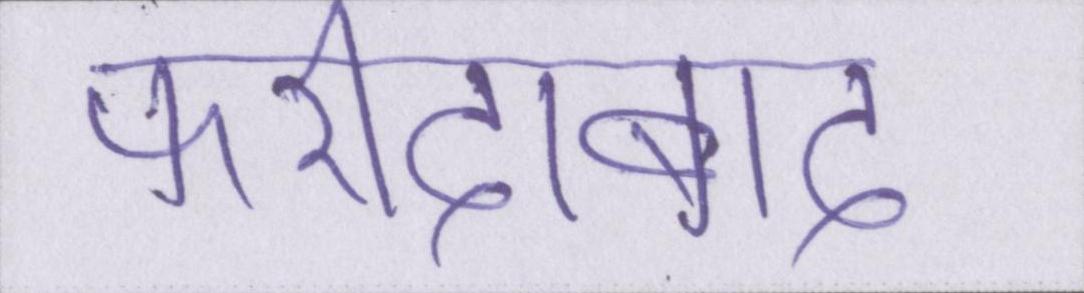
फरीदाबाद